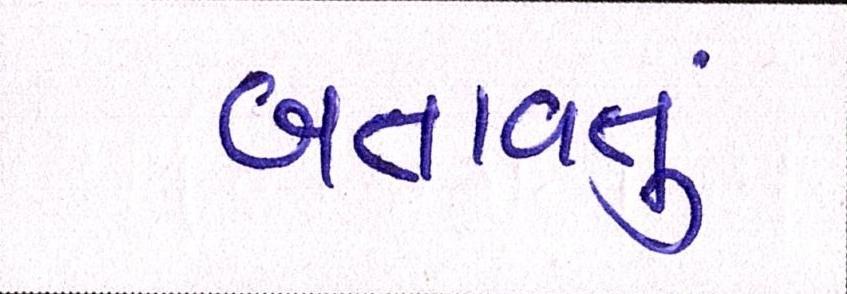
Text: બતાવતું